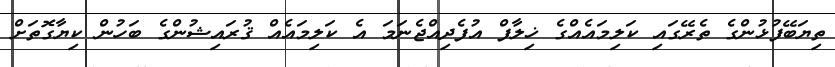
ތިޔަބޭފުޅުންގެ ތެރޭގައި ކަލިމައެއްގެ ޚިލާފް އުފެދިއްޖެނަމަ އެ ކަލިމައެއް ޤުރައިޝުންގެ ބަހުން ކިޔާގޮތަށް